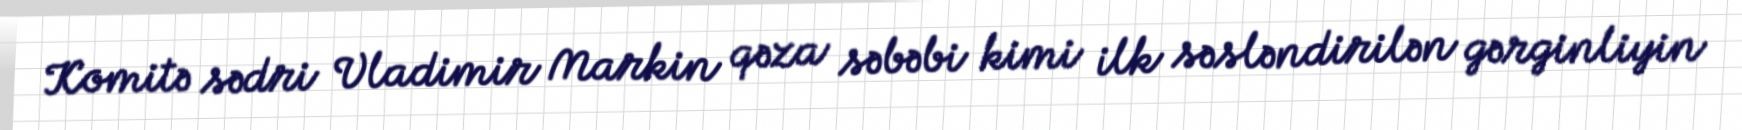
Komitə sədri Vladimir Markin qəza səbəbi kimi ilk səsləndirilən gərginliyin